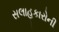
સલાહકારોની